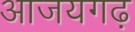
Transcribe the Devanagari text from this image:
आजयगढ़